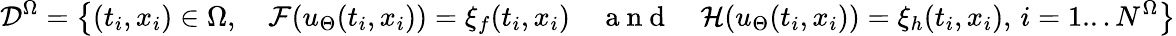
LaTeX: \mathcal{D}^{\Omega}=\left\{ (t_{i},x_{i})\in\Omega,\quad\mathcal{F}(u_{\Theta}(t_{i},x_{i}))=\xi_{f}(t_{i},x_{i})\quad\mathrm{~a~n~d~}\quad\mathcal{H}(u_{\Theta}(t_{i},x_{i}))=\xi_{h}(t_{i},x_{i}),\, i=1...N^{\Omega}\right\}